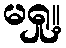
မရှု့။